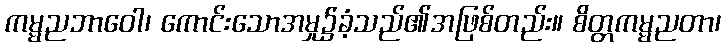
ကမ္မညဘာဝေါ၊ ကောင်းသောအမှု၌ခံ့သည်၏အဖြစ်တည်း။ စိတ္တကမ္မညတာ၊